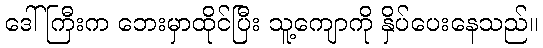
ဒေါ်ကြီးက ဘေးမှာထိုင်ပြီး သူ့ကျောကို နှိပ်ပေးနေသည်။